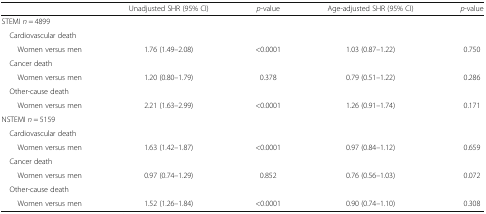
|  | Unadjusted SHR (95% CI) | p-value | Age-adjusted SHR (95% CI) | p-value |
 | --- | --- | --- | --- | --- |
 | <COLSPAN=5> STEMI n = 4899 |
 | <COLSPAN=5> Cardiovascular death |
 | Women versus men | 1.76 (1.49–2.08) | <0.0001 | 1.03 (0.87–1.22) | 0.750 |
 | <COLSPAN=5> Cancer death |
 | Women versus men | 1.20 (0.80–1.79) | 0.378 | 0.79 (0.51–1.22) | 0.286 |
 | <COLSPAN=5> Other-cause death |
 | Women versus men | 2.21 (1.63–2.99) | <0.0001 | 1.26 (0.91–1.74) | 0.171 |
 | <COLSPAN=5> NSTEMI n = 5159 |
 | <COLSPAN=5> Cardiovascular death |
 | Women versus men | 1.63 (1.42–1.87) | <0.0001 | 0.97 (0.84–1.12) | 0.659 |
 | <COLSPAN=5> Cancer death |
 | Women versus men | 0.97 (0.74–1.29) | 0.852 | 0.76 (0.56–1.03) | 0.072 |
 | <COLSPAN=5> Other-cause death |
 | Women versus men | 1.52 (1.26–1.84) | <0.0001 | 0.90 (0.74–1.10) | 0.308 |